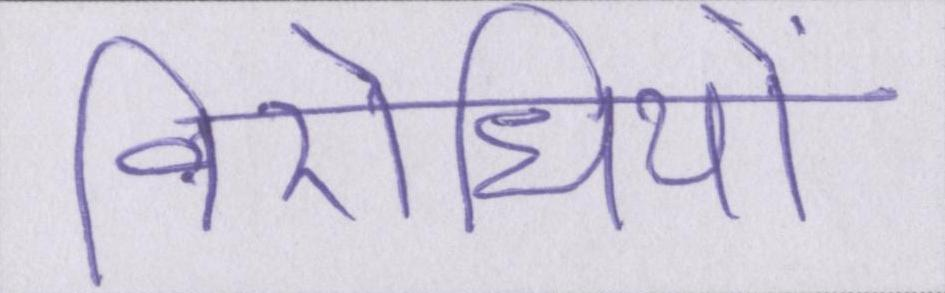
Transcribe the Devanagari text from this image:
विरोधियों